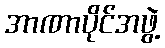
အာဏာပိုင်အဖွဲ့